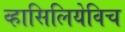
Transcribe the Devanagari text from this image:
व्हासिलियेविच